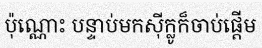
ប៉ុណ្ណោះ បន្ទាប់មកស៊ីក្លូក៏ចាប់ផ្តើម